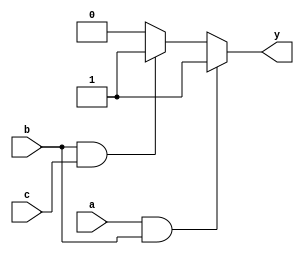
module combinational_logic (
    input wire a,         // Input signal a
    input wire b,         // Input signal b
    input wire c,         // Input signal c
    output reg y          // Output signal y
);

    // Always block that describes combinational logic
    always @(*) begin
        // Continuous assignment using `=` operator
        if (a && b) begin
            y = 1;        // If both a and b are high, set y to 1
        end else if (b && c) begin
            y = 1;        // If both b and c are high, set y to 1
        end else begin
            y = 0;        // Default case, set y to 0
        end
    end

endmodule